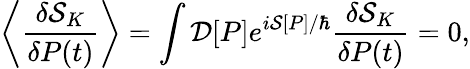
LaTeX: \left\langle\frac{\delta{\cal S}_{K}}{\delta P(t)}\right\rangle=\int{\cal D}[P]e^{i{\cal S}[P]/\hbar}\frac{\delta{\cal S}_{K}}{\delta P(t)}=0,